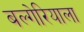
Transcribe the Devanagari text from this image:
बल्गेरियाला